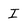
Character: I